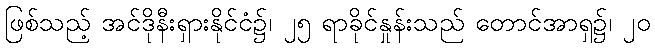
ဖြစ်သည့် အင်ဒိုနီးရှားနိုင်ငံ၌၊ ၂၅ ရာခိုင်နှုန်းသည် တောင်အာရှ၌၊ ၂၀